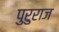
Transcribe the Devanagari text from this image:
पुरुराज